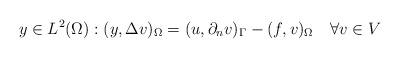
LaTeX: \begin{align*} y\in L^2(\Omega):(y, \Delta v)_\Omega = (u,\partial_n v)_\Gamma - (f,v)_\Omega \quad\forall v\in V\end{align*}